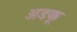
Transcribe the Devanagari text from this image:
अडकू